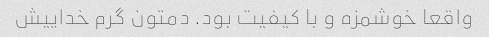
واقعا خوشمزه و با کیفیت بود. دمتون گرم خداییش